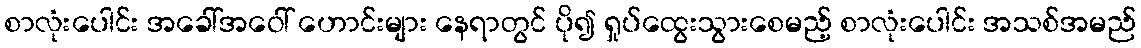
စာလုံးပေါင်း အခေါ်အဝေါ် ဟောင်းများ နေရာတွင် ပို၍ ရှုပ်ထွေးသွားစေမည့် စာလုံးပေါင်း အသစ်အမည်